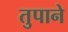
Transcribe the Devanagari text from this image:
तुपाने